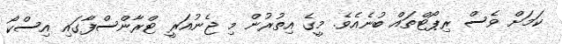
ކަމަށް ވެސް ރިޕޯޓްތައް ބުނެއެވެ. މީގެ އިތުރުން މި ޖެނުއަރީ ޓްރާންސްފާގައި އިސްކޯ